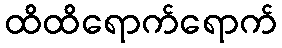
ထိထိရောက်ရောက်